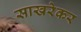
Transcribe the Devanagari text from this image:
साखरेकर